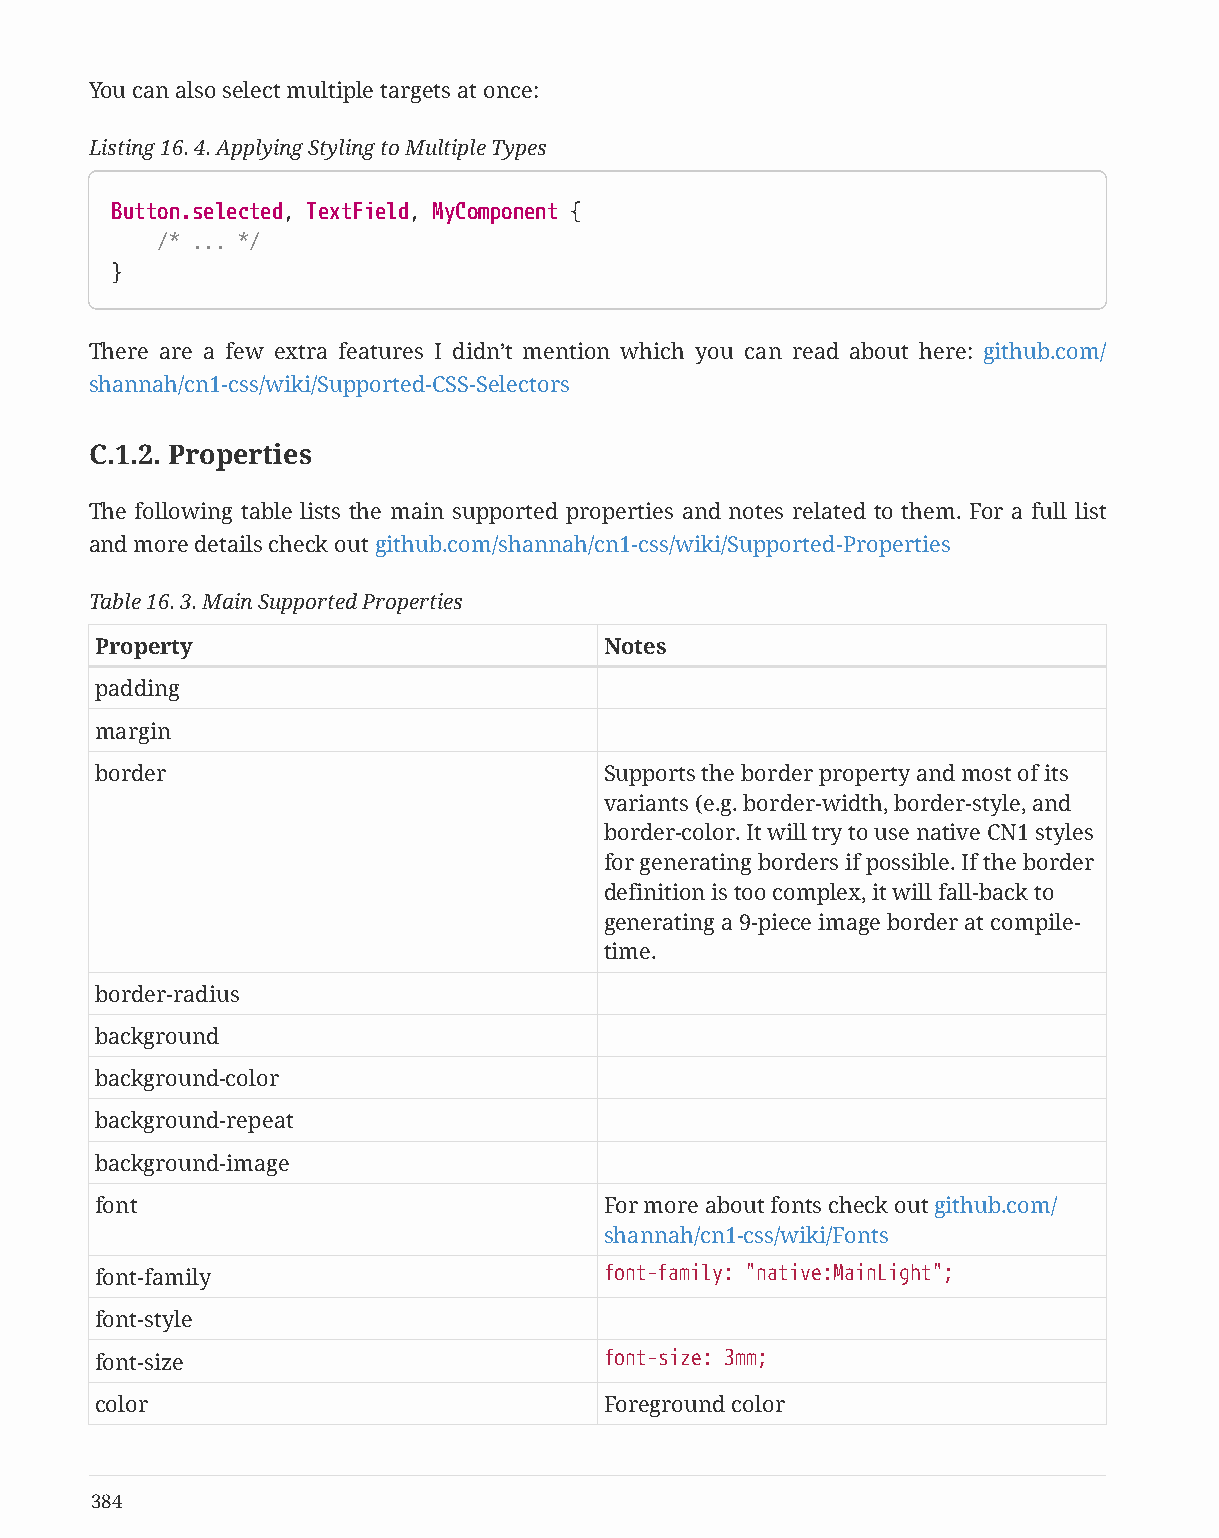
You can also select multiple targets at once:
 Listing 16. 4. Applying Styling to Multiple Types
 Button.selected, TextField, MyComponent {
 /* ... */
 }
 There are a few extra features I didn’t mention which you can read about here: github.com/
 shannah/cn1-css/wiki/Supported-CSS-Selectors
 C.1.2. Properties
 The following table lists the main supported properties and notes related to them. For a full list
 and more details check out github.com/shannah/cn1-css/wiki/Supported-Properties
 Table 16. 3. Main Supported Properties
 Property                          Notes
 padding
 margin
 border                            Supports the border property and most of its
 variants (e.g. border-width, border-style, and
 border-color. It will try to use native CN1 styles
 for generating borders if possible. If the border
 definition is too complex, it will fall-back to
 generating a 9-piece image border at compile-
 time.
 border-radius
 background
 background-color
 background-repeat
 background-image
 font                              For more about fonts check out github.com/
 shannah/cn1-css/wiki/Fonts
 font-family                       font-family: "native:MainLight";
 font-style
 font-size                         font-size: 3mm;
 color                             Foreground color
 384